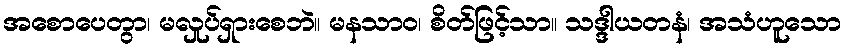
အစောပေတွာ၊ မလှုပ်ရှားစေဘဲ။ မနသာဝ၊ စိတ်ဖြင့်သာ။ သဒ္ဒါယတနံ၊ အသံဟူသော